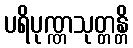
ပရိပုဏ္ဏသုတ္တန္တိ